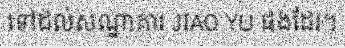
ទៅដល់សណ្ឋាគារ JIAO YU ផងដែរ។